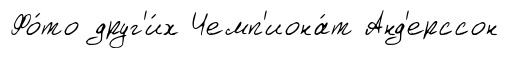
Фо́то друг'и́х Чемп'иона́т Анд'ерссон